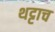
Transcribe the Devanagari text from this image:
थट्टाच